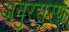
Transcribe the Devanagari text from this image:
अनुरसरण